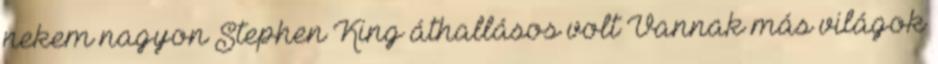
nekem nagyon Stephen King áthallásos volt Vannak más világok